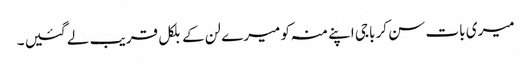
میری بات سن کر باجی اپنے منہ کو میرے لن کے بلکل قریب لے گئیں ۔